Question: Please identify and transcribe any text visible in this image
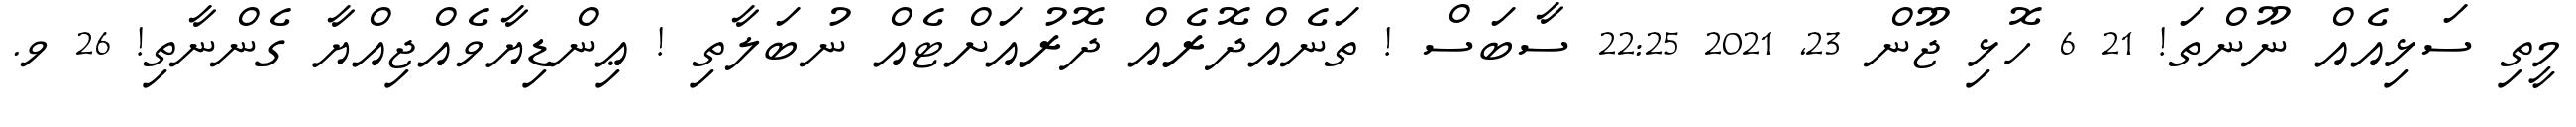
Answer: މީތި ސަޅިއެއް ނޫންތަ! 21 6 ހޮޅި ޖޫން 23, 2021 22:25 ސާބަސް ! ތަނެއްދޮރެއް ދޮރުއަށްޓެއް ނުބަލާތި ! ޢިންޑިޔާވެއްޖިއްޔާ ގެންނާތި! 26 ވ.